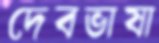
দেবভাষা